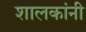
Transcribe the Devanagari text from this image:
शालकांनी